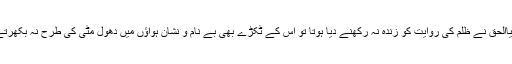
ضیاالحق نے ظلم کی روایت کو زندہ نہ رکھنے دیا ہوتا تو اس کے ٹکڑے بھی بے نام و نشان ہواؤں میں دھول مٹی کی طرح نہ بکھرتے ۔